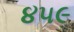
૪૫૯